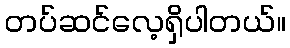
တပ်ဆင်လေ့ရှိပါတယ်။